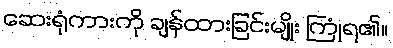
ဆေးရုံကားကို ချန်ထားခြင်းမျိုး ကြုံရ၏။